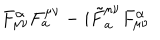
LaTeX: F _ { \mu \nu } ^ { \alpha } F _ { a } ^ { \mu \nu } - i { \tilde { F } } _ { a } ^ { \mu \nu } F _ { \mu \nu } ^ { \alpha }